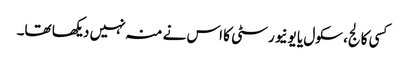
کسی کالج، سکول یا یونیورسٹی کا اس نے منہ نہیں دیکھا تھا۔